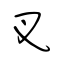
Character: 叉